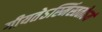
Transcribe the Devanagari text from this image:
गीयतेऽस्मिंस्ततोऽयं